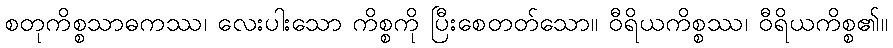
စတုကိစ္စသာဓကဿ၊ လေးပါးသော ကိစ္စကို ပြီးစေတတ်သော။ ဝီရိယကိစ္စဿ၊ ဝီရိယကိစ္စ၏။